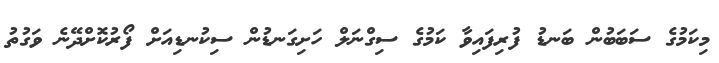
މިކަމުގެ ސަބަބުން ބަނޑު ފުރިފައިވާ ކަމުގެ ސިގްނަލް ހަށިގަނޑުން ސިކުނޑިއަށް ފޯރުކޮށްދޭނެ ވަގުތު